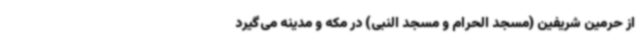
از حرمین شریفین (مسجد الحرام و مسجد النبی) در مکه و مدینه می‌گیرد